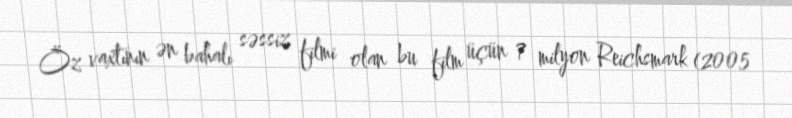
Öz vaxtının ən bahalı səssiz filmi olan bu film üçün 7 milyon Reichsmark (2005